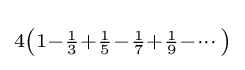
\scriptstyle 4\left(1-{\frac {1}{3}}+{\frac {1}{5}}-{\frac {1}{7}}+{\frac {1}{9}}-\cdots \right)